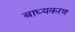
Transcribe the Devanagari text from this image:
बाध्यकरण